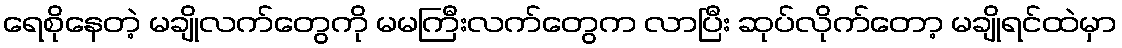
ရေစိုနေတဲ့ မချိုလက်တွေကို မမကြီးလက်တွေက လာပြီး ဆုပ်လိုက်တော့ မချိုရင်ထဲမှာ